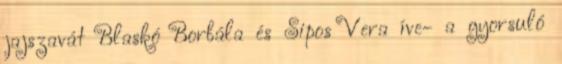
jajszavát Blaskó Borbála és Sipos Vera íve- a gyorsuló